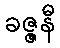
ခဇ္ဇနီ